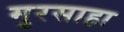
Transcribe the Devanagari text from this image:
मुरसाहा